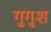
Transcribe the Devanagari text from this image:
गुगुश